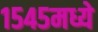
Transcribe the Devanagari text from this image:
१५४५मध्ये